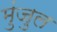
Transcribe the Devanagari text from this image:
मुंजुल